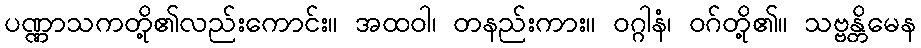
ပဏ္ဏာသကတို့၏လည်းကောင်း။ အထဝါ၊ တနည်းကား။ ဝဂ္ဂါနံ၊ ဝဂ်တို့၏။ သဗ္ဗန္တိမေန